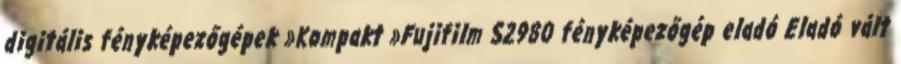
digitális fényképezőgépek »Kompakt »Fujifilm S2980 fényképezőgép eladó Eladó vált